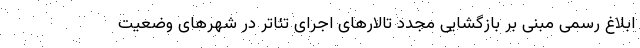
ابلاغ رسمی مبنی بر بازگشایی مجدد تالارهای اجرای تئاتر در شهرهای وضعیت